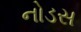
નોડસ